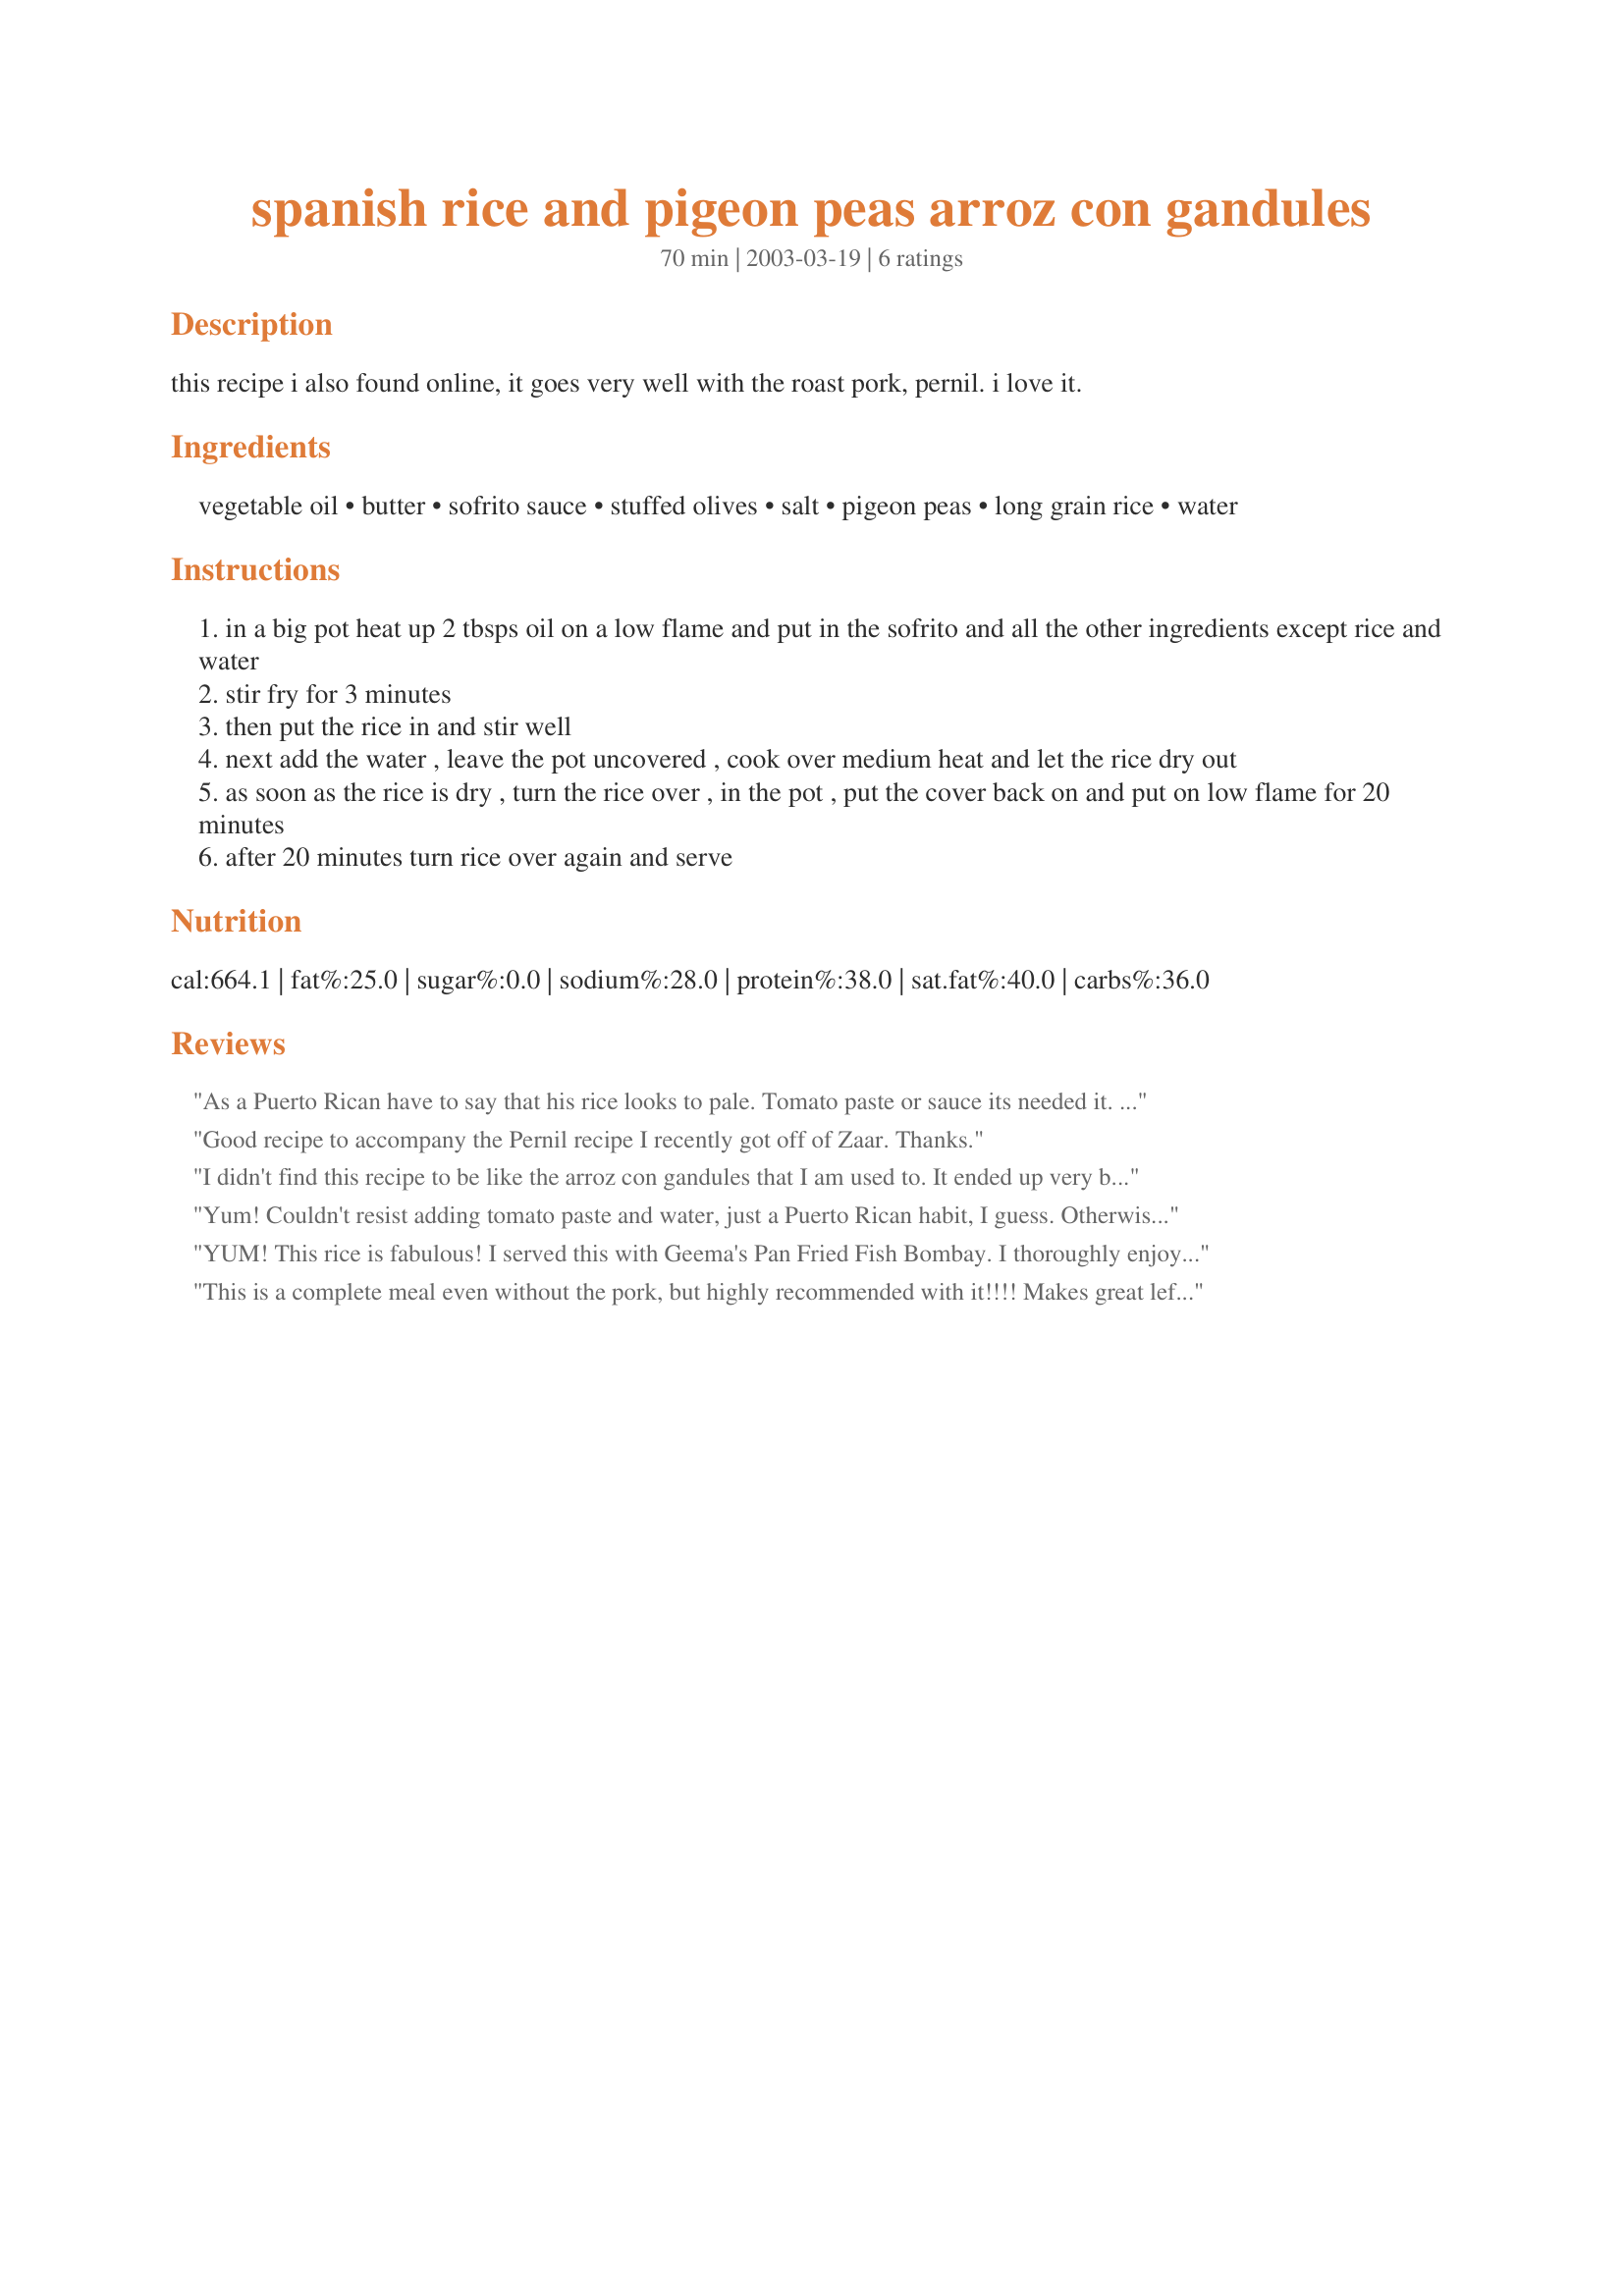
spanish rice and pigeon peas arroz con gandules
Preparation time: 70 minutes

this recipe i also found online, it goes very well with the roast pork, pernil. i love it.

Ingredients:
vegetable oil, butter, sofrito sauce, stuffed olives, salt, pigeon peas, long grain rice, water

Steps:
in a big pot heat up 2 tbsps oil on a low flame and put in the sofrito and all the other ingredients except rice and water
stir fry for 3 minutes
then put the rice in and stir well
next add the water , leave the pot uncovered , cook over medium heat and let the rice dry out
as soon as the rice is dry , turn the rice over , in the pot , put the cover back on and put on low flame for 20 minutes
after 20 minutes turn rice over again and serve

Reviews:
As a Puerto Rican have to say that his rice looks to pale. Tomato paste or sauce its needed it. So next time add a some salsa, we Puerto Ricans loooooove Salsa!!!!
Good recipe to accompany the Pernil recipe I recently got off of Zaar. Thanks.
I didn't find this recipe to be like the arroz con gandules that I am used to. It ended up very bland and oily so I think some tomato sauce and a little letss butter could of helped it.
Yum! Couldn't resist adding tomato paste and water, just a Puerto Rican habit, I guess. Otherwise, I kept the recipe the same and it was very easy and delicious!
YUM! This rice is fabulous! I served this with Geema's Pan Fried Fish Bombay. I thoroughly enjoyed this rice and the huge amount of leftovers that are still in my fridge (Im eating the leftovers for like..every meal LOL). Thanks for this recipe! :) I WILL be making this again, for sure ;)
 This is a complete meal even without the pork, but highly recommended with it!!!! Makes great leftovers!!!
